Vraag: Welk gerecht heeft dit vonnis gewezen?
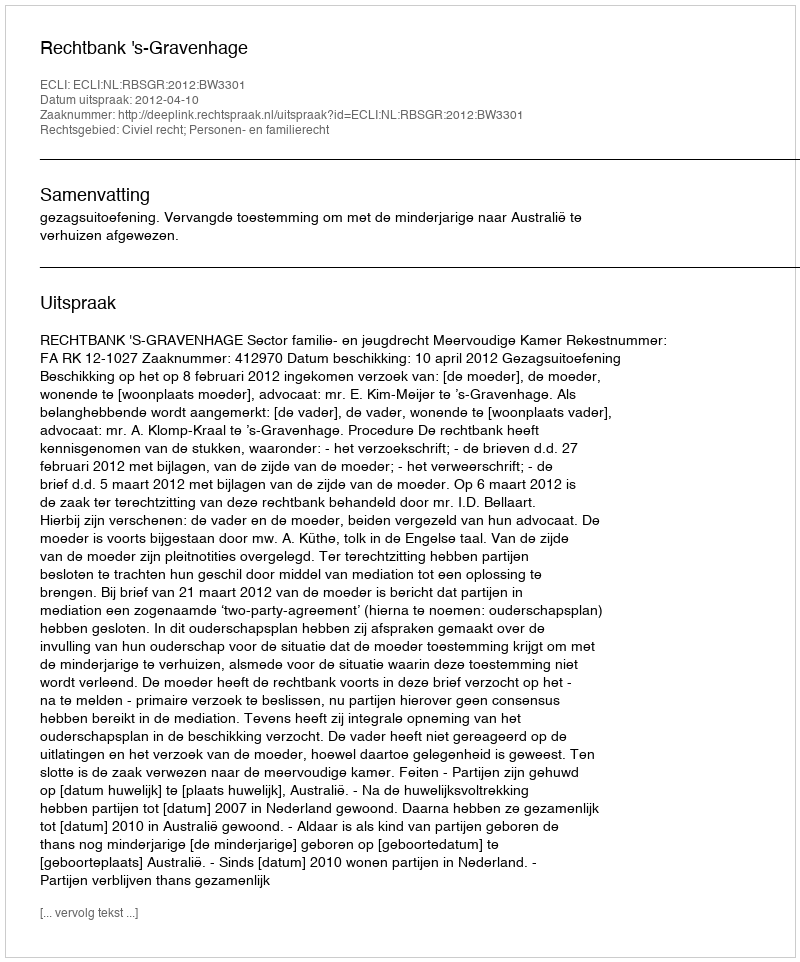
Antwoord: Rechtbank 's-Gravenhage